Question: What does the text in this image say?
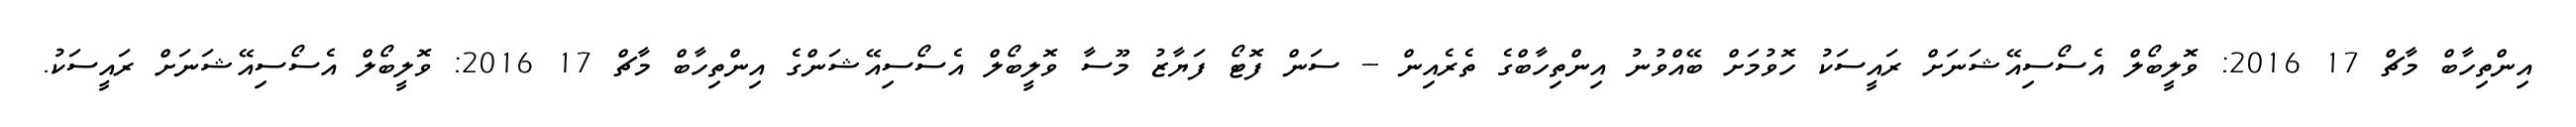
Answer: އިންތިހާބް މާޗް 17 2016: ވޮލީބޯލް އެސޯސިއޭޝަނަށް ރައީސަކު ހޮވުމަށް ބޭއްވުނު އިންތިހާބްގެ ތެރެއިން -- ސަން ފޮޓޯ ފަޔާޒު މޫސާ ވޮލީބޯލް އެސޯސިއޭޝަންގެ އިންތިހާބް މާޗް 17 2016: ވޮލީބޯލް އެސޯސިއޭޝަނަށް ރައީސަކު.